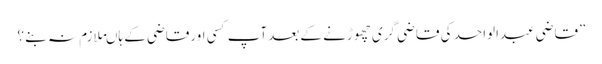
”قاضی عبدالواحد کی قاضی گری چھوڑنے کے بعدآپ کسی اورقاضی کے ہاںملازم نہ بنے ؟